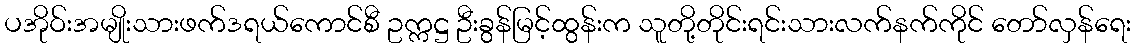
ပအိုဝ်းအမျိုးသားဖက်ဒရယ်ကောင်စီ ဥက္ကဋ္ဌ ဦးခွန်မြင့်ထွန်းက သူတို့တိုင်းရင်းသားလက်နက်ကိုင် တော်လှန်ရေး